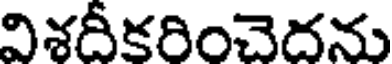
విశదీకరించెదను